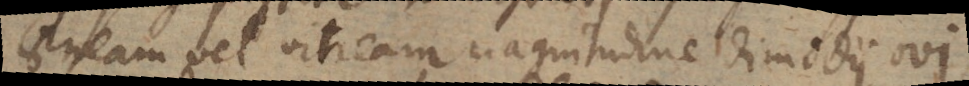
aeneam vel vitream magnitudine dimidii ovi